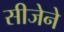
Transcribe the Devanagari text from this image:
सीजेने